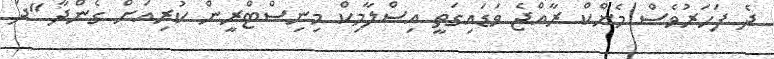
ދެ ފަަހަރުވެސް މެންކް ރާއްޖެ ވަޑައިގަތީ އިސްލާމިކް މިނިސްޓްރީން ކުރިއަށް ގެންދާ "ދަ